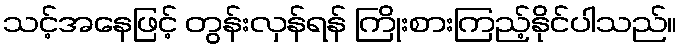
သင့်အနေဖြင့် တွန်းလှန်ရန် ကြိုးစားကြည့်နိုင်ပါသည်။